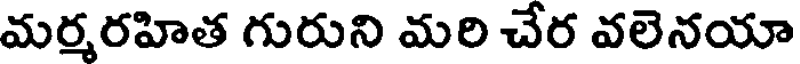
మర్మరహిత గురుని మరి చేర వలెనయా